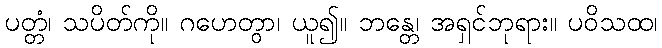
ပတ္တံ၊ သပိတ်ကို။ ဂဟေတွာ၊ ယူ၍။ ဘန္တေ၊ အရှင်ဘုရား။ ပဝိသထ၊